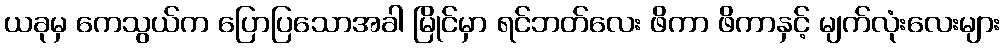
ယခုမှ ကေသွယ်က ပြောပြသောအခါ မြိုင်မှာ ရင်ဘတ်လေး ဖိကာ ဖိကာနှင့် မျက်လုံးလေးများ